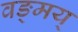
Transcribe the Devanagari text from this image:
वङ्मय्